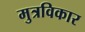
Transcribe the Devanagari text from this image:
मुत्रविकार